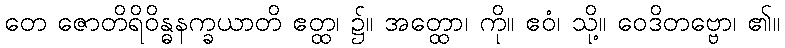
တေ ဇောတိရိဝိန္ဓနက္ခယာတိ ဧတ္ထ၊ ၌။ အတ္ထော၊ ကို။ ဧဝံ၊ သို့။ ဝေဒိတဗ္ဗော၊ ၏။